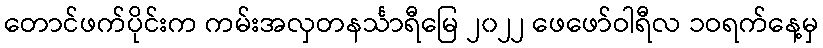
တောင်ဖက်ပိုင်းက ကမ်းအလှတနင်္သာရီမြေ ၂၀၂၂ ဖေဖော်ဝါရီလ ၁ဝရက်နေ့မှ